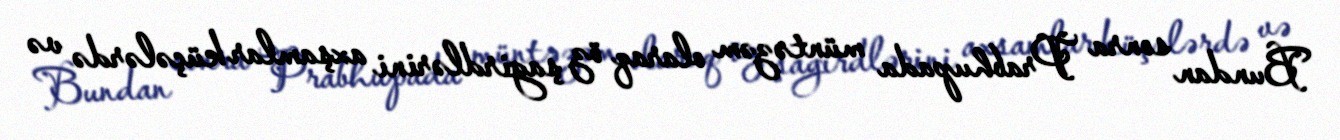
Bundan sonra Prabhupada müntəzəm olaraq öz şagirdlərini axşamlar küçələrdə və